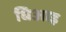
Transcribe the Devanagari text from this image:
धिआइ